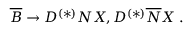
\overline { { B } } \rightarrow D ^ { ( * ) } N X , D ^ { ( * ) } \overline { { N } } X \; .